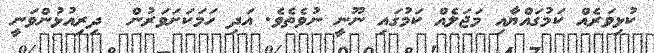
ކުޅިވަރެއް ކަމުގައްޔާއި މަޖަލެއް ކަމުގައި ނޫނީ ނުވެތެވެ. އަދި ހަމަކަށަވަރުން  ދިރިއުޅުންވަނީ